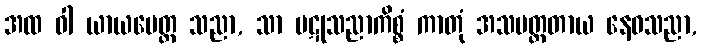
အထ ဝါ ယာယမေတ္ထ သညာ, သာ ပဋုသညာကိစ္စံ ကာတုံ အသမတ္ထတာယ နေဝသညာ,